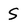
Character: S